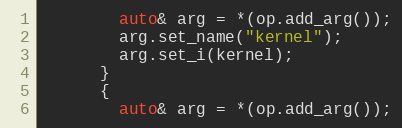
Language: C++
        auto& arg = *(op.add_arg());
        arg.set_name("kernel");
        arg.set_i(kernel);
      }
      {
        auto& arg = *(op.add_arg());